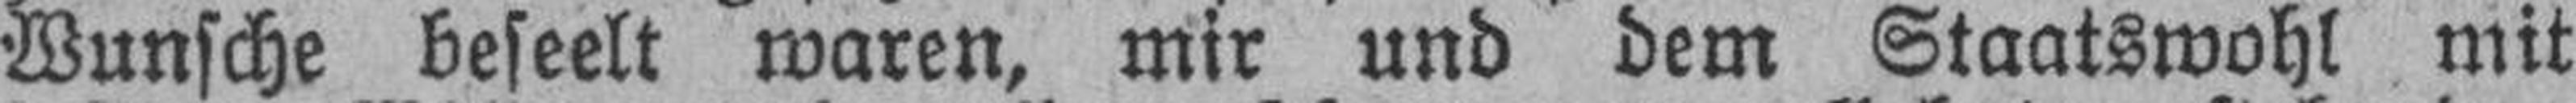
Wunsche beseelt waren, mir und dem Staatswohl mit